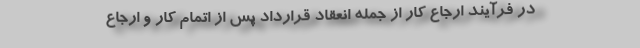
در فرآیند ارجاع کار از جمله انعقاد قرارداد پس از اتمام کار و ارجاع